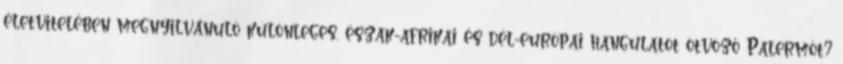
életvitelében megnyilvánuló különleges, észak-afrikai és dél-európai hangulatot ötvöző Palermót?